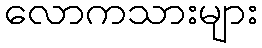
လောကသားများ